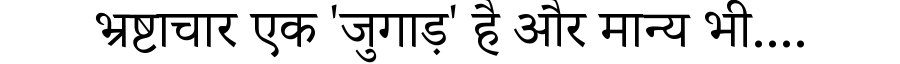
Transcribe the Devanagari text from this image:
भ्रष्टाचार एक 'जुगाड़' है और मान्य भी....